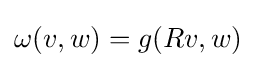
\omega (v,w)=g(Rv,w)